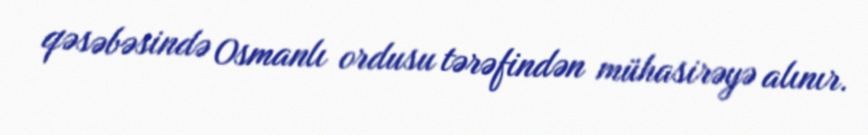
qəsəbəsində Osmanlı ordusu tərəfindən mühasirəyə alınır.